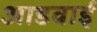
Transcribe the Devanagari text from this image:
आडवाई